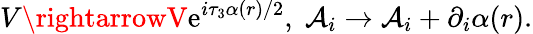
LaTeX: V\rightarrowV\mathrm{e}^{i\tau_{3}\alpha(r)/2},\; {\mathcal{{A}}}_{i}\rightarrow{\mathcal{{A}}}_{i}+\partial_{i}\alpha(r).